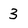
Character: 3